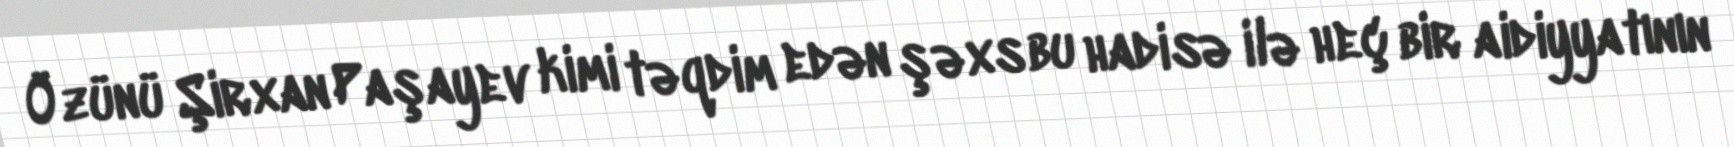
Özünü Şirxan Paşayev kimi təqdim edən şəxs bu hadisə ilə heç bir aidiyyatının